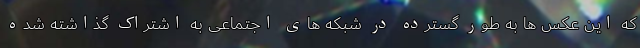
که این عکس ها به طور گسترده در شبکه های اجتماعی به اشتراک گذاشته شده